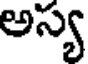
అస్య